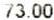
73.00